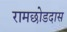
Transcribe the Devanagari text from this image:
रामछोडदास